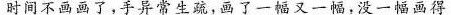
时间不画画了，手异常生疏，画了-一幅又一幅，没一幅画得